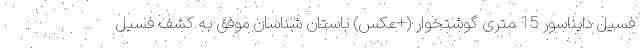
فسیل دایناسور 15 متری گوشتخوار (+عکس) باستان شناسان موفق به کشف فسیل